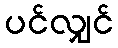
ပင်လျှင်